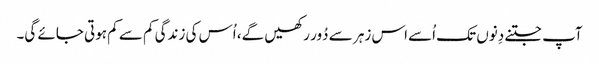
آپ جتنے دِنوں تک اُسے اس زہر سے دُور رکھیں گے، اُس کی زندگی کم سے کم ہوتی جائے گی۔